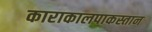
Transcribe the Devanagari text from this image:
काराकालपाकस्तान